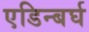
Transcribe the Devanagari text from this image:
एडिन्बर्घ